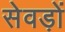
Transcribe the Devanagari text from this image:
सेवड़ों